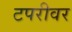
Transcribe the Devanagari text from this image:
टपरीवर